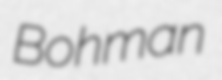
Bohman